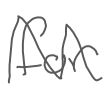
Text: for
Cross-out: zig-zag
Writing tool: digital_gray